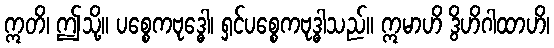
ဣတိ၊ ဤသို့။ ပစ္စေကဗုဒ္ဓေါ၊ ရှင်ပစ္စေကဗုဒ္ဓါသည်။ ဣမာဟိ ဒွိဟိဂါထာဟိ၊